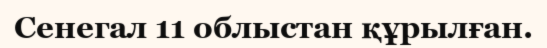
Сенегал 11 облыстан құрылған.